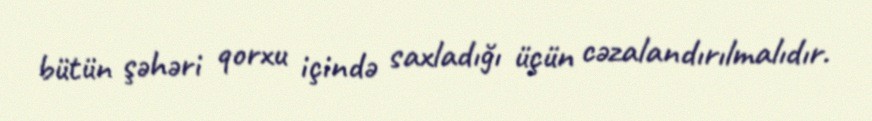
bütün şəhəri qorxu içində saxladığı üçün cəzalandırılmalıdır.